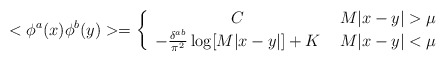
\begin{align*}<\phi^a(x) \phi^b(y)> = \left\{ \begin{array}{cc} C & \mbox{ $M|x-y|>\mu$} \\-\frac{\delta^{ab}}{\pi^2} \log [M|x-y|] +K & \mbox{ $M|x-y|<\mu$} \end{array}\right.\end{align*}